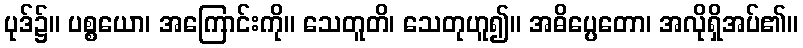
ပုဒ်၌။ ပစ္စယော၊ အကြောင်းကို။ သေတူတိ၊ သေတုဟူ၍။ အဓိပ္ပေတော၊ အလိုရှိအပ်၏။